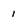
Character: 1